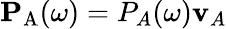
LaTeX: \mathbf{P}_{\mathrm{A}}(\omega)=P_{A}(\omega)\mathbf{v}_{A}